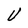
Character: U